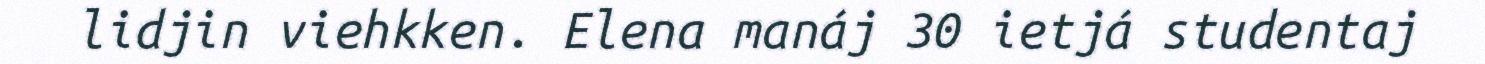
lidjin viehkken. Elena manáj 30 ietjá studentaj